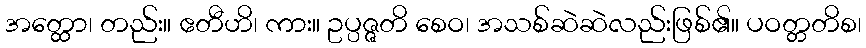
အတ္ထော၊ တည်း။ ဧတီဟိ၊ ကား။ ဥပ္ပဇ္ဇတိ စေဝ၊ အသစ်ဆဲဆဲလည်းဖြစ်၏။ ပဝတ္တတိစ၊